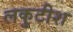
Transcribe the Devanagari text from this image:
लकुटीश